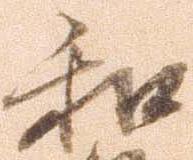
和